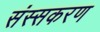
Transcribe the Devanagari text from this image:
संस्सकरण